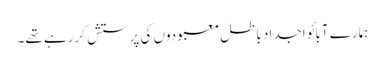
ہمارے آبائو اجداد باطل معبودوں کی پرستش کررہے تھے۔